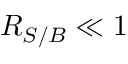
R _ { S / B } \ll 1